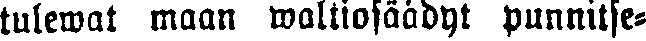
tulewat maan waltiosäädyt punnitse-